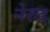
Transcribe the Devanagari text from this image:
नेरुद